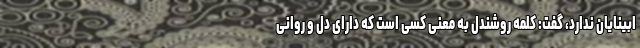
ابینایان ندارد، گفت: کلمه روشندل به معنی کسی است که دارای دل و روانی